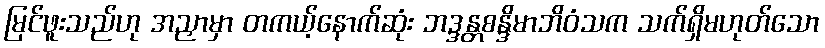
မြင်ဖူးသည်ဟု အညှာမှာ တကယ့်နောက်ဆုံး ဘဒ္ဒန္တစန္ဒိမာဘိဝံသက သက်ရှိမဟုတ်သော